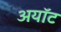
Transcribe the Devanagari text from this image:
अयॉट